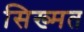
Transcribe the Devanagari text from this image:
सिख्मत